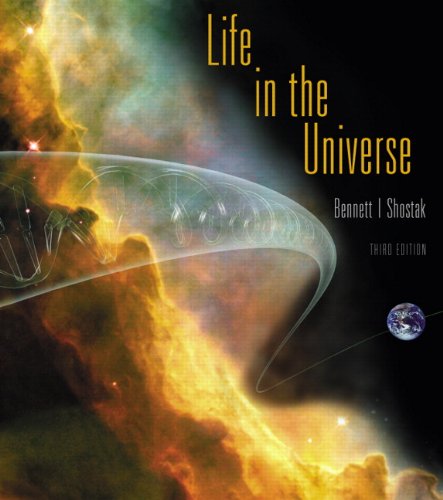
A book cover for Life in the Universe (3rd Edition) (Bennett Science & Math Titles); Jeffrey O. Bennett; Science & Math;